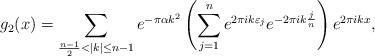
LaTeX: \begin{align*} g_2(x) &= \sum_{\frac{n-1}{2} < |k| \leq n-1} e^{-\pi \alpha k^2} \left( \sum_{j=1}^{n} e^{2 \pi i k \varepsilon_j } e^{-2 \pi i k \frac{j}{n} }\right)e^{2 \pi i k x}, \end{align*}